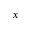
x